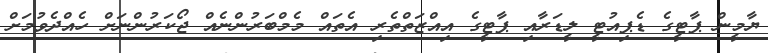
ޔާމީން ޕާޓީގެ ޑެޕިއުޓީ ލީޑަރާއި ޕާޓީގެ އިއްޒަތްތެރި އެތައް މެމްބަރުންނެއް ޖޯކަރުންނަށް ހެއްދެވުމަށް